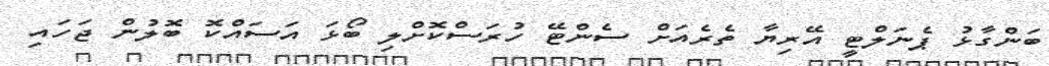
ބަންގާޅު ޕެނަލްޓީ އޭރިޔާ ތެރެއަށް ސެންޓޭ ހުރަސްކޮށްލި ބޯޅަ އަސައްކޮ ބޮލުން ޖަހައި